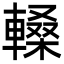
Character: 䡦